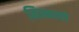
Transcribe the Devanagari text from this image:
मिन्नल्ले